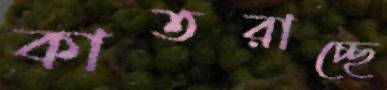
কাতরাচ্ছে